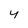
Character: y